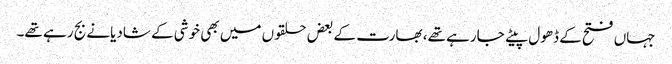
جہاں فتح کے ڈھول پیٹے جارہے تھے، بھارت کے بعض حلقوں میں بھی خوشی کے شادیانے بج رہے تھے۔